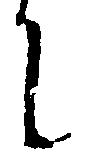
升